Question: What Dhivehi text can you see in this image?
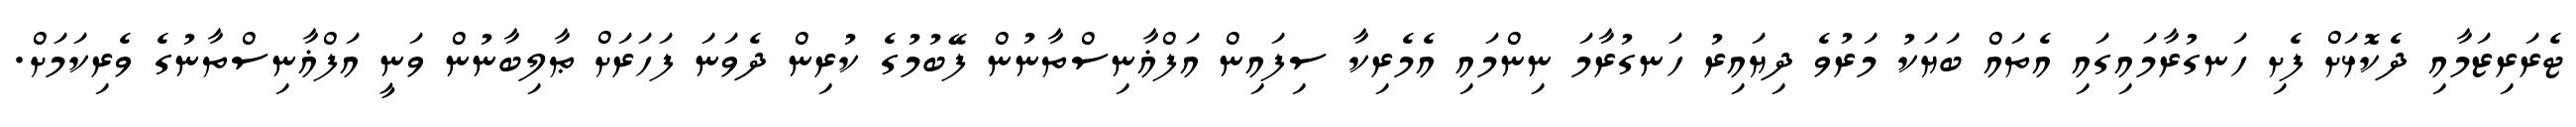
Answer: ޓެރަރިޒަމާއި ދެކޮޅަށް ފެށި ހަނގުރާމައިގައި އެތައް ބަޔަކު މަރުވެ ދިޔައިރު ހަނގުރާމަ ނިންމައި އެމެރިކާ ސިފައިން އަފްޣާނިސްތާނުން ފޭބުމުގެ ކުރިން ދެވަނަ ފަހަރަށް ޠާލިބާނުން ވަނީ އަފްޣާނިސްތާނުގެ ވެރިކަމަށް.